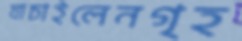
যাচাইলেনগৃহ